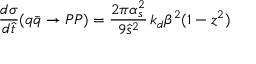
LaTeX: \frac { d \sigma } { d \hat { t } } ( q \bar { q } \rightarrow P P ) = \frac { 2 \pi \alpha _ { s } ^ { 2 } } { 9 \hat { s } ^ { 2 } } \, k _ { d } \beta ^ { 2 } ( 1 - z ^ { 2 } )